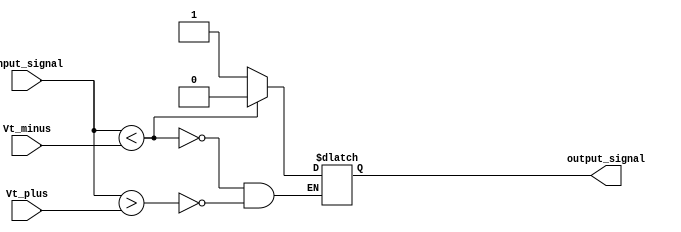
module Schmitt_trigger_buffer (
    input wire input_signal,
    input wire Vt_minus,
    input wire Vt_plus,
    output wire output_signal
);

reg output_reg;

always @ (input_signal, Vt_minus, Vt_plus)
begin
    if (input_signal < Vt_minus) begin
        output_reg <= 1'b0;
    end else if (input_signal > Vt_plus) begin
        output_reg <= 1'b1;
    end else begin
        output_reg <= output_reg;
    end
end

assign output_signal = output_reg;

endmodule